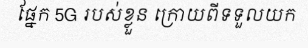
ផ្នែក 5G របស់ខ្លួន ក្រោយពីទទួលយក